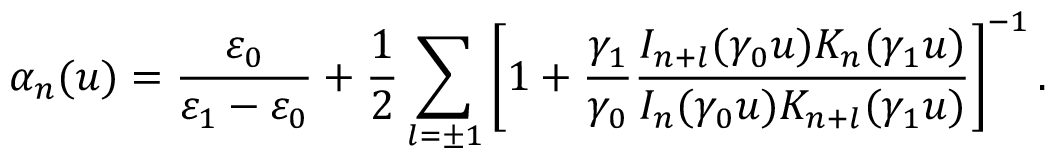
\alpha _ { n } ( u ) = \frac { \varepsilon _ { 0 } } { \varepsilon _ { 1 } - \varepsilon _ { 0 } } + \frac { 1 } { 2 } \sum _ { l = \pm 1 } \left[ 1 + \frac { \gamma _ { 1 } } { \gamma _ { 0 } } \frac { I _ { n + l } ( \gamma _ { 0 } u ) K _ { n } ( \gamma _ { 1 } u ) } { I _ { n } ( \gamma _ { 0 } u ) K _ { n + l } ( \gamma _ { 1 } u ) } \right] ^ { - 1 } .